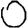
Digit: 0